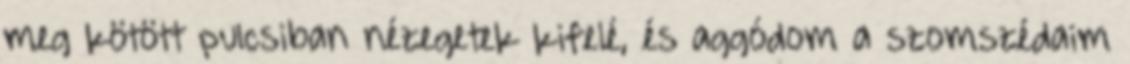
meg kötött pulcsiban nézegetek kifelé, és aggódom a szomszédaim